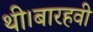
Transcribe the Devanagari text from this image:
थी।बारहवी